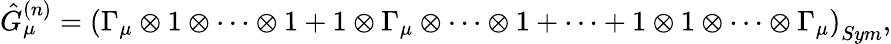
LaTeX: \hat{G}_{\mu}^{(n)}=\left(\Gamma_{\mu}\otimes 1\otimes\cdots\otimes 1+1\otimes\Gamma_{\mu}\otimes\cdots\otimes 1+\cdots+1\otimes 1\otimes\cdots\otimes\Gamma_{\mu}\right)_{Sym},